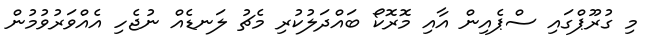
މި ގުރޫޕްގައި ސްޕެއިން އާއި މޮރޮކޯ ބައްދަލުކުރި މެޗު ލަނޑެއް ނުޖެހި އެއްވަރުވުމުން